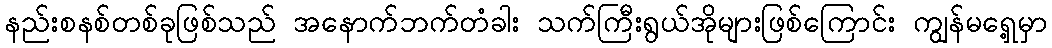
နည်းစနစ်တစ်ခုဖြစ်သည် အနောက်ဘက်တံခါး သက်ကြီးရွယ်အိုများဖြစ်ကြောင်း ကျွန်မရှေ့မှာ